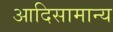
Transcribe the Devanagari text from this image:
आदिसामान्य